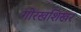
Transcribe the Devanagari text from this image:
गोरखशिखर